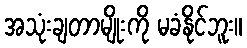
အသုံးချတာမျိုးကို မခံနိုင်ဘူး။